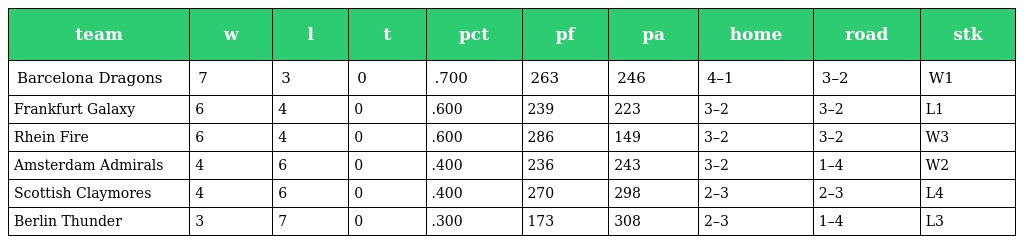
| team | w | l | t | pct | pf | pa | home | road | stk |
 | --- | --- | --- | --- | --- | --- | --- | --- | --- | --- |
 | Barcelona Dragons | 7 | 3 | 0 | .700 | 263 | 246 | 4–1 | 3–2 | W1 |
 | Frankfurt Galaxy | 6 | 4 | 0 | .600 | 239 | 223 | 3–2 | 3–2 | L1 |
 | Rhein Fire | 6 | 4 | 0 | .600 | 286 | 149 | 3–2 | 3–2 | W3 |
 | Amsterdam Admirals | 4 | 6 | 0 | .400 | 236 | 243 | 3–2 | 1–4 | W2 |
 | Scottish Claymores | 4 | 6 | 0 | .400 | 270 | 298 | 2–3 | 2–3 | L4 |
 | Berlin Thunder | 3 | 7 | 0 | .300 | 173 | 308 | 2–3 | 1–4 | L3 |